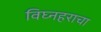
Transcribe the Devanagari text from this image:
विघ्नहराचा